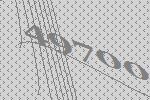
49700